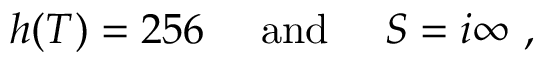
h ( T ) = 2 5 6 \quad \mathrm { ~ a n d ~ } \quad S = i \infty \ ,